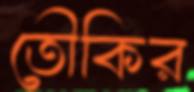
তৌকির